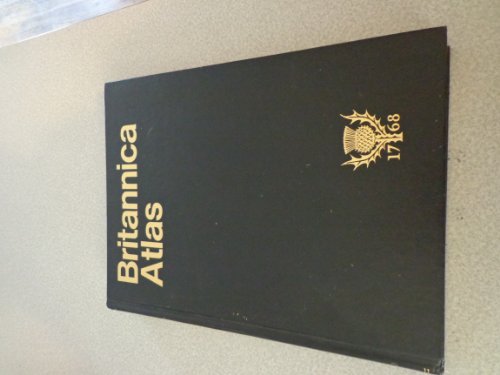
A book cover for Britannica Atlas; Robert (editor) McHenry; Reference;